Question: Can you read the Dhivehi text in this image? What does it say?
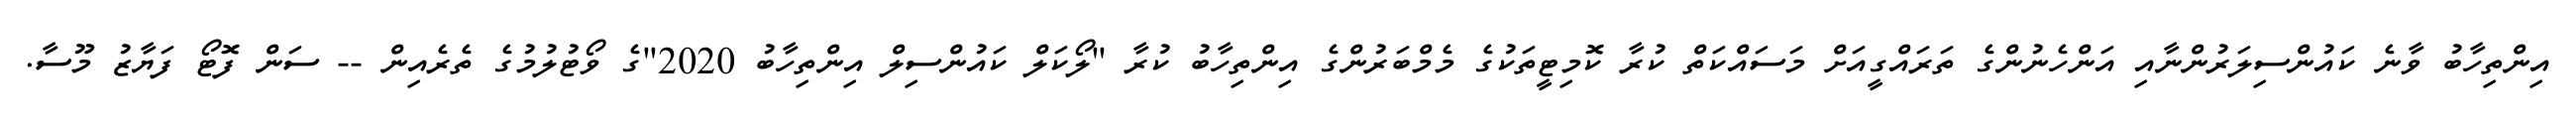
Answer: އިންތިހާބު ވާނެ ކައުންސިލަރުންނާއި އަންހެނުންގެ ތަރައްގީއަށް މަސައްކަތް ކުރާ ކޮމިޓީތަކުގެ މެމްބަރުންގެ އިންތިހާބު ކުރާ "ލޯކަލް ކައުންސިލް އިންތިހާބު 2020"ގެ ވޯޓުލުމުގެ ތެރެއިން -- ސަން ފޮޓޯ ފަޔާޒު މޫސާ.